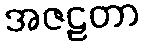
အဇဠတာ